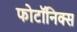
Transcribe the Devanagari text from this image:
फोटॉनिक्‍स